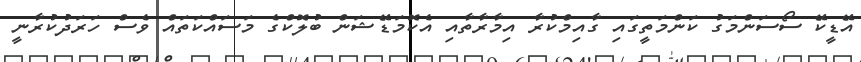
އޭޑީކޭ ސޯސަންމަގު ކަންމަތީގައި ގާއިމްކުރާ އިމާރާތާއި އެކޮމަޑޭޝަން ބުލޮކްގެ މަސައްކަތައް ވެސް ހަރަދުކުރާނީ